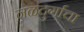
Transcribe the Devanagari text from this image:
नळदुर्गाचा